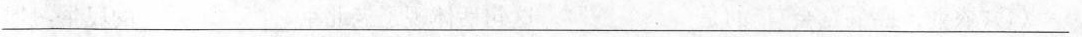
___